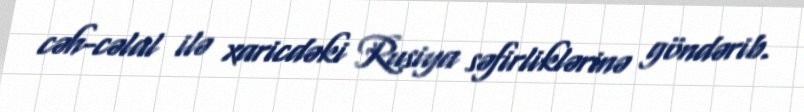
cəh-cəlal ilə xaricdəki Rusiya səfirliklərinə göndərib.